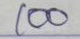
100